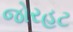
જોરહટ